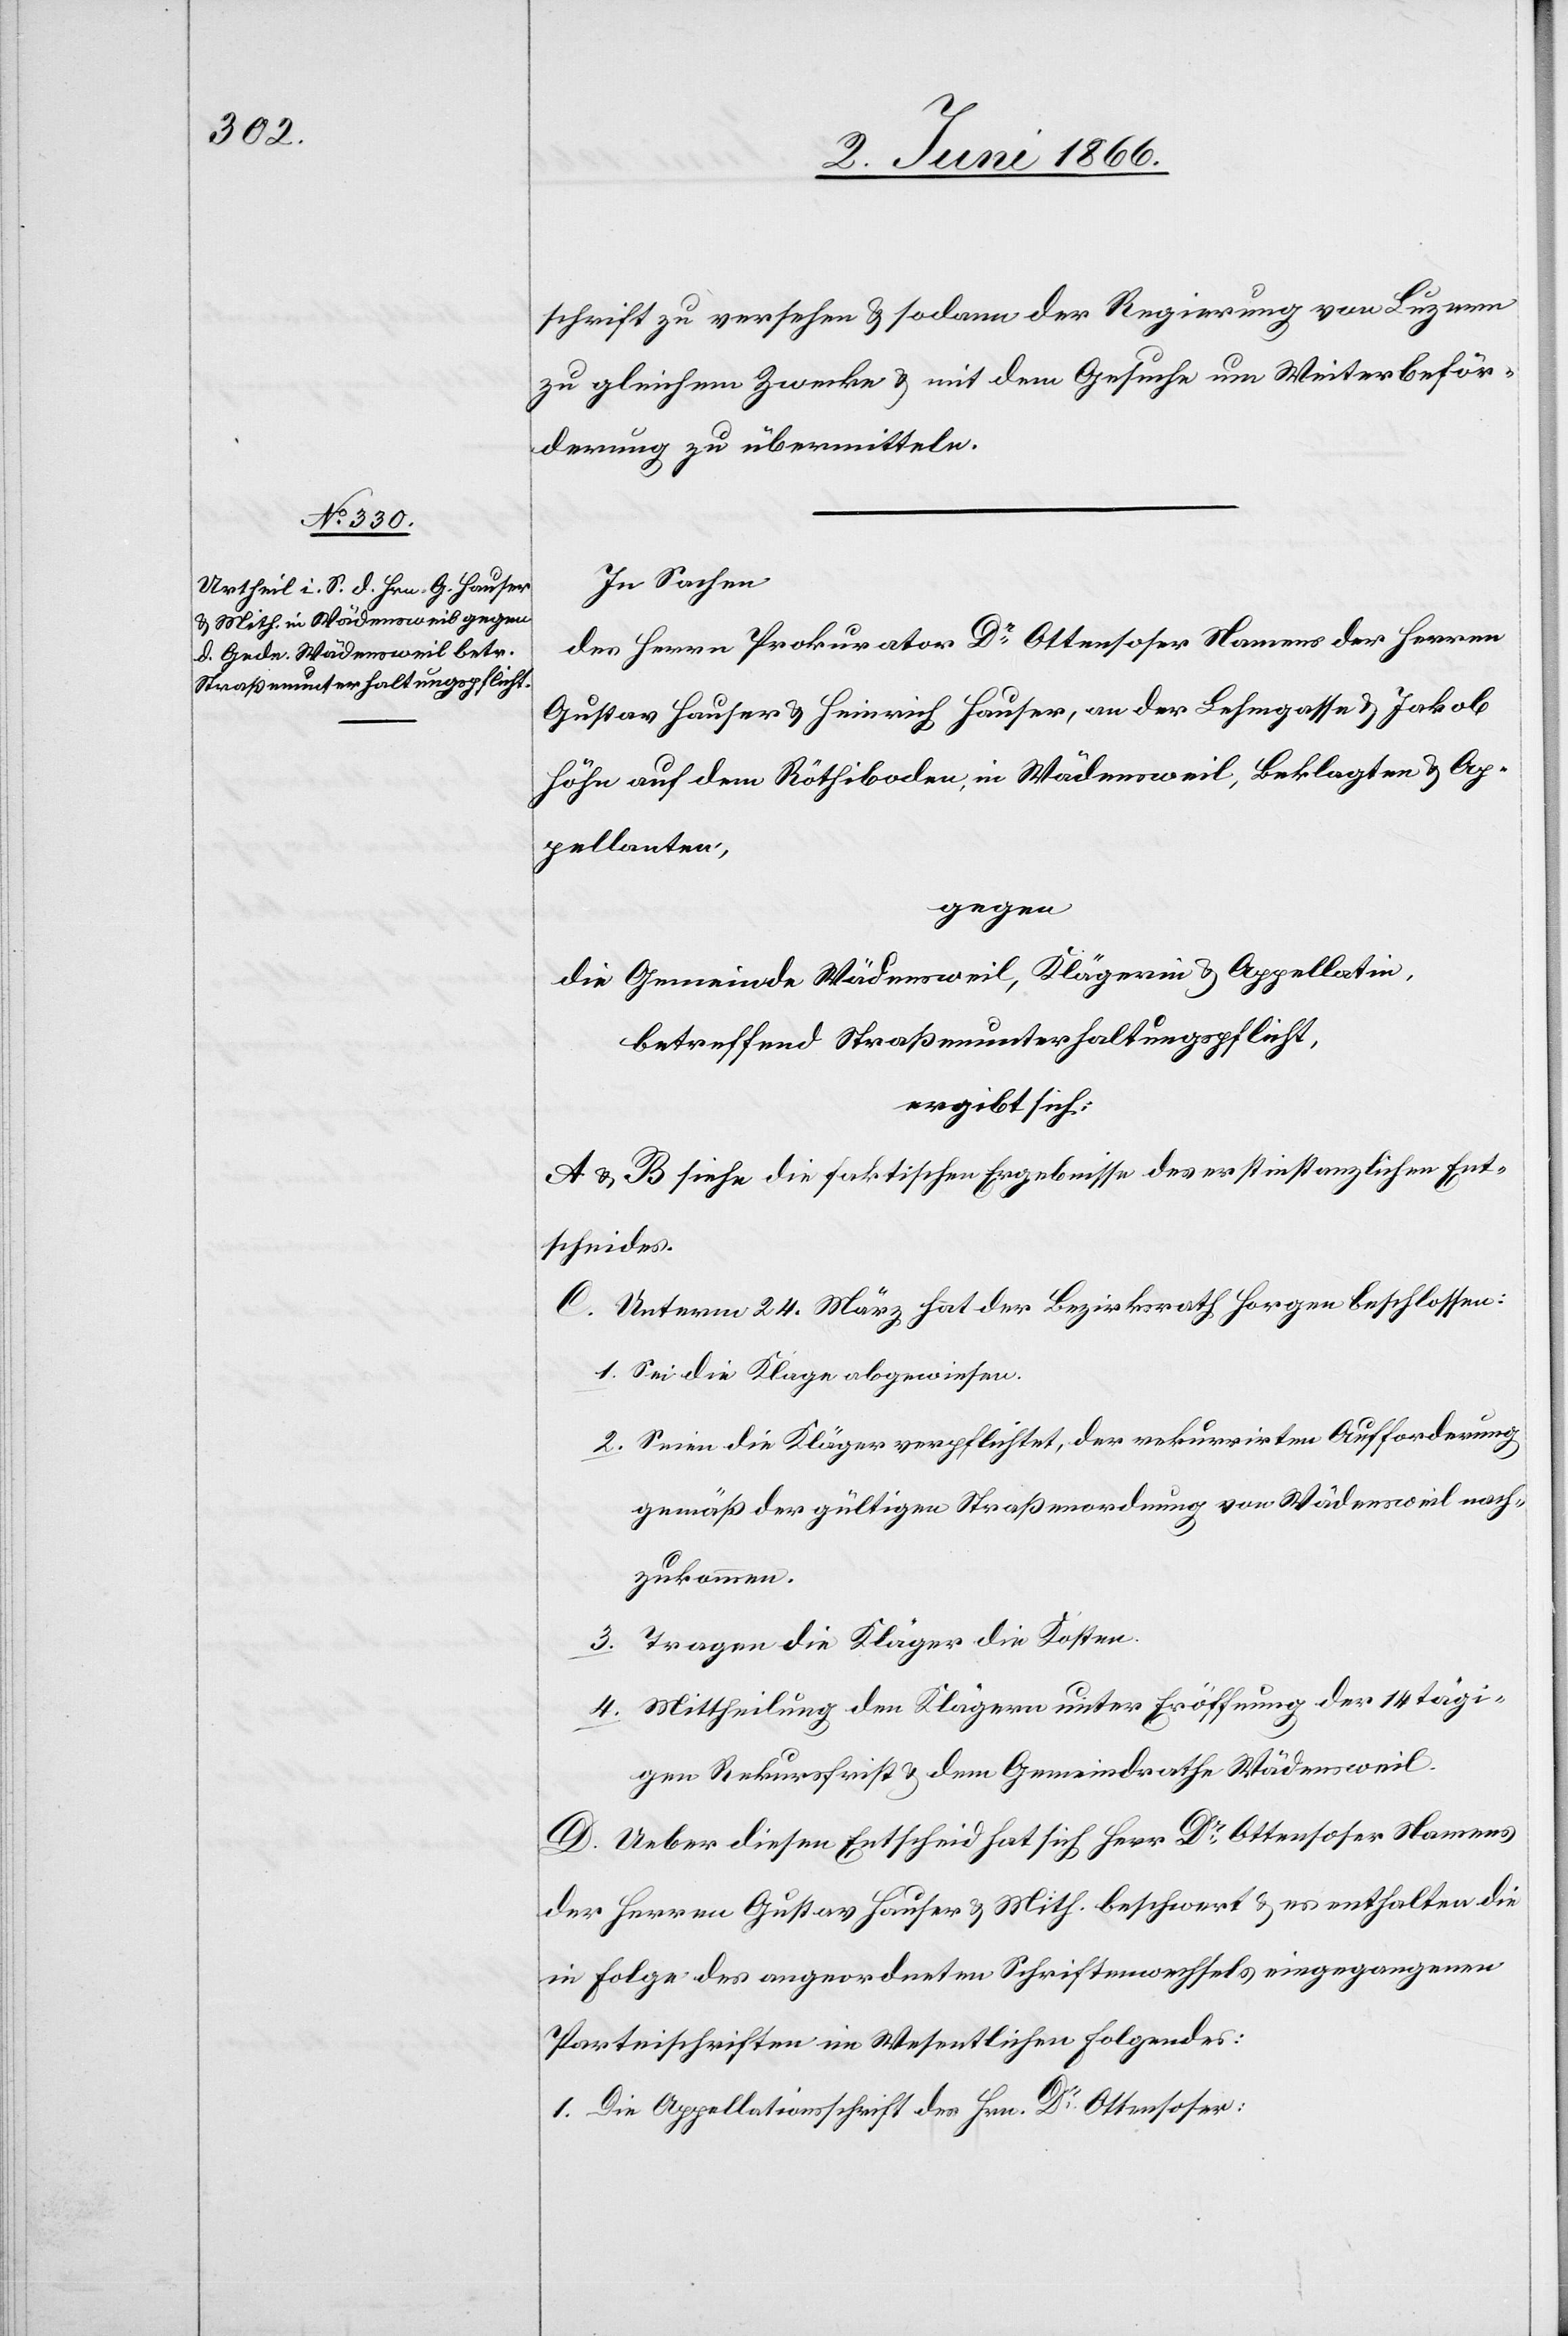
schrift zu versehen u. sodann der Regierung von Luzern
zu gleichem Zwecke u. mit dem Gesuche um Weiterbeför¬
derung zu übermitteln.
In Sachen
des Herrn Prokuranten Dr. Ottenhoher Namens der Herren
Gustav Hauser u. Heinrich Hauser, an der Lehmgasse u. Jakob
Höhe auf dem Röthiboden, in Wädensweil, Beklagten u. Ap¬
pellanten,
gegen
die Gemeinde Wädensweil, Klägerin u. Appellatin,
betreffen Straßenunterhaltungspflicht,
ergibt sich:
A u. B siehe die faktischen Ergebnisse des erstinstanzlichen Ent¬
scheides.
C. Unterm 24. März hat der Bezirksrath Horgen beschlossen:
1. Sei die Klage abgewiesen.
2. Seien die Kläger verpflichtet, der rekurrirten Aufforderung
gemäß der gültigen Straßenordnung von Wädensweil nach¬
zukommen.
3. Tragen die Kläger die Kosten.
4. Mittheilung den Klägern unter Eröffnung der 14 tägi¬
gen Rekursfrist u. dem Gemeindrathe Wädensweil.
D. Ueber diesen Entscheid hat sich Herr Dr. Ottenhoher Namens
der Herren Gustav Hauser u. Mith. beschwert u. es enthalten die
in Folge des angeordneten Schriftenwechsels eingegangenen
Parteischriften im Wesentlichen folgendes:
1. Die Appellationsschrift des Hrn. Dr. Ottenhoher: